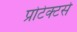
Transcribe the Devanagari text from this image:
प्रोटेक्टर्स